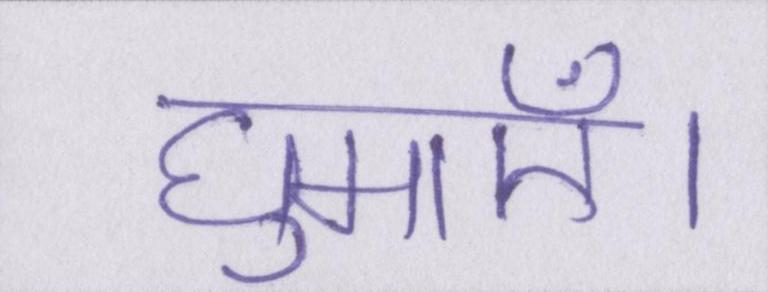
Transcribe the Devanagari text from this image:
घुमाएँ।